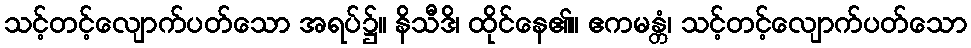
သင့်တင့်လျောက်ပတ်သော အရပ်၌။ နိသီဒိ၊ ထိုင်နေ၏။ ဧကမန္တံ၊ သင့်တင့်လျောက်ပတ်သော